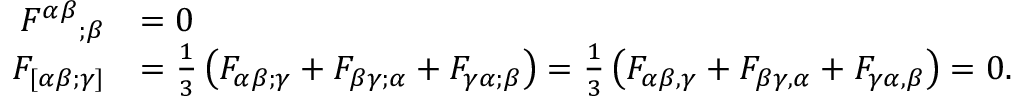
{ \begin{array} { r l } { { F ^ { \alpha \beta } } _ { ; \beta } } & { = 0 } \\ { F _ { [ \alpha \beta ; \gamma ] } } & { = { \frac { 1 } { 3 } } \left( F _ { \alpha \beta ; \gamma } + F _ { \beta \gamma ; \alpha } + F _ { \gamma \alpha ; \beta } \right) = { \frac { 1 } { 3 } } \left( F _ { \alpha \beta , \gamma } + F _ { \beta \gamma , \alpha } + F _ { \gamma \alpha , \beta } \right) = 0 . } \end{array} }